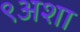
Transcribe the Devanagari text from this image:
९अशा